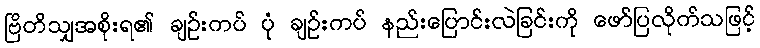
ဗြိတိသျှအစိုးရ၏ ချဉ်းကပ် ပုံ ချဉ်းကပ် နည်းပြောင်းလဲခြင်းကို ဖော်ပြလိုက်သဖြင့်